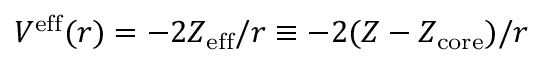
V ^ { \mathrm { e f f } } ( r ) = - 2 Z _ { \mathrm { e f f } } / r \equiv - 2 ( Z - Z _ { \mathrm { c o r e } } ) / r